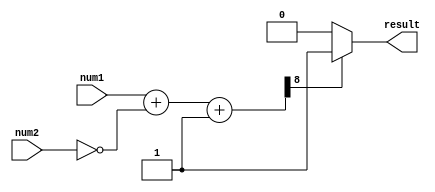
module unsigned_comparator
(
  input [7:0] num1,
  input [7:0] num2,
  output reg result
);

  wire [8:0] diff;
  
  assign diff = num1 + (~num2) + 1;
  
  always @(*) begin
    if(diff[8] == 1) // check sign bit
      result = 1; // num1 is greater than num2
    else if(diff == 9'b0) 
      result = 0; // numbers are equal
    else
      result = 0; // num2 is greater than num1
  end

endmodule